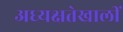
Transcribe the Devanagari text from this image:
अध्यक्षतेखालीं